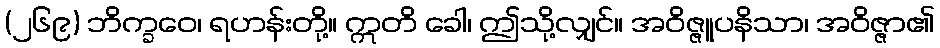
(၂၆၉) ဘိက္ခဝေ၊ ရဟန်းတို့။ ဣတိ ခေါ၊ ဤသို့လျှင်။ အဝိဇ္ဇူပနိသာ၊ အဝိဇ္ဇာ၏